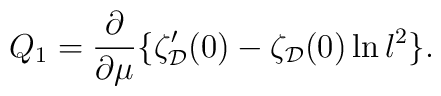
Q_1 =  \frac{\partial}{\partial\mu} \{\zeta_{\cal D}'(0) -\zeta_{\cal D}(0)\ln  l^2 \}.